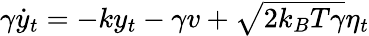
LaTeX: \begin{array}{r}{\gamma\dot{y}_{t}=-ky_{t}-\gamma v+\sqrt{2k_{B}T\gamma}\eta_{t}}\end{array}